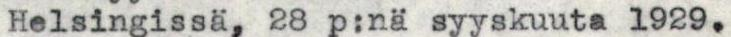
Helsingissä, 28 p:nä syyskuuta 1929.